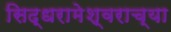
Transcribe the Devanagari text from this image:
सिद्धरामेश्वराच्या